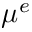
\mu ^ { e }